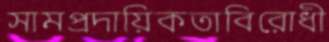
সামপ্রদায়িকতাবিরোধী